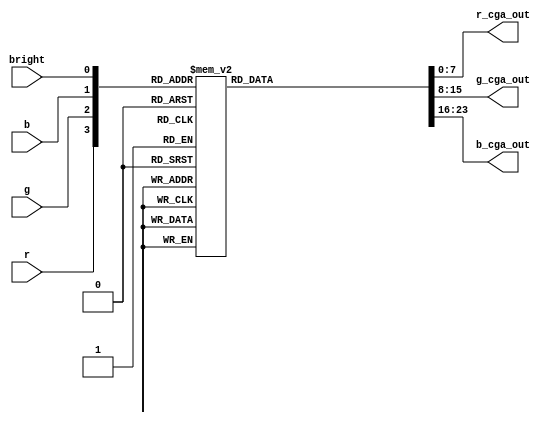
/*
   This file was generated automatically by Alchitry Labs version 1.1.5.
   Do not edit this file directly. Instead edit the original Lucid source.
   This is a temporary file and any changes made to it will be destroyed.
*/

module cga_color_lut_22 (
    input r,
    input g,
    input b,
    input bright,
    output reg [7:0] r_cga_out,
    output reg [7:0] g_cga_out,
    output reg [7:0] b_cga_out
  );
  
  
  
  always @* begin
    
    case ({r, g, b, bright})
      4'h0: begin
        r_cga_out = 8'h00;
        g_cga_out = 8'h00;
        b_cga_out = 8'h00;
      end
      4'h2: begin
        r_cga_out = 8'h00;
        g_cga_out = 8'h00;
        b_cga_out = 8'haa;
      end
      4'h4: begin
        r_cga_out = 8'h00;
        g_cga_out = 8'haa;
        b_cga_out = 8'h00;
      end
      4'h6: begin
        r_cga_out = 8'h00;
        g_cga_out = 8'haa;
        b_cga_out = 8'haa;
      end
      4'h8: begin
        r_cga_out = 8'haa;
        g_cga_out = 8'h00;
        b_cga_out = 8'h00;
      end
      4'ha: begin
        r_cga_out = 8'haa;
        g_cga_out = 8'h00;
        b_cga_out = 8'haa;
      end
      4'h4: begin
        r_cga_out = 8'haa;
        g_cga_out = 8'h55;
        b_cga_out = 8'h00;
      end
      4'he: begin
        r_cga_out = 8'haa;
        g_cga_out = 8'haa;
        b_cga_out = 8'haa;
      end
      4'h1: begin
        r_cga_out = 8'h55;
        g_cga_out = 8'h55;
        b_cga_out = 8'h55;
      end
      4'h3: begin
        r_cga_out = 8'h55;
        g_cga_out = 8'h55;
        b_cga_out = 8'hff;
      end
      4'h5: begin
        r_cga_out = 8'h55;
        g_cga_out = 8'hff;
        b_cga_out = 8'h55;
      end
      4'h7: begin
        r_cga_out = 8'h55;
        g_cga_out = 8'hff;
        b_cga_out = 8'hff;
      end
      4'h9: begin
        r_cga_out = 8'hff;
        g_cga_out = 8'h55;
        b_cga_out = 8'h55;
      end
      4'hd: begin
        r_cga_out = 8'hff;
        g_cga_out = 8'hff;
        b_cga_out = 8'h55;
      end
      4'hf: begin
        r_cga_out = 8'hff;
        g_cga_out = 8'hff;
        b_cga_out = 8'hff;
      end
      default: begin
        r_cga_out = 8'haa;
        g_cga_out = 8'haa;
        b_cga_out = 8'h00;
      end
    endcase
  end
endmodule